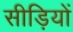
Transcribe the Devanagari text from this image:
सीड़ियों